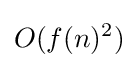
O(f(n)^{2})